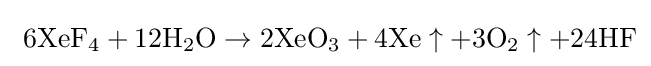
{\rm {\ 6XeF_{4}+12H_{2}O\rightarrow 2XeO_{3}+4Xe\uparrow +3O_{2}\uparrow +24HF}}